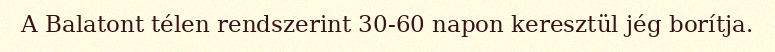
A Balatont télen rendszerint 30-60 napon keresztül jég borítja.